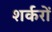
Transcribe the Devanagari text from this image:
शर्करों